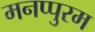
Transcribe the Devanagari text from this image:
मनप्पुरम